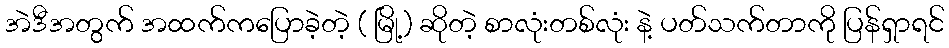
အဲဒီအတွက် အထက်ကပြောခဲ့တဲ့ ( မြို့) ဆိုတဲ့ စာလုံးတစ်လုံး နဲ့ ပတ်သက်တာကို ပြန်ရှာရင်